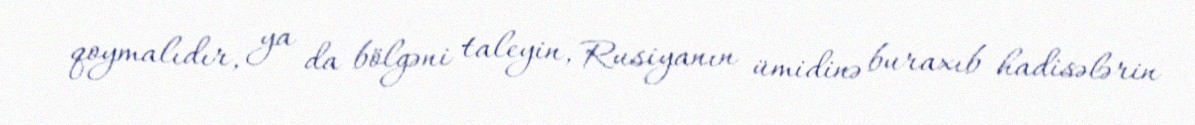
qoymalıdır, ya da bölgəni taleyin, Rusiyanın ümidinə buraxıb hadisələrin